Annual report on the Civil Veterinary Department, Burma (including the Insein Veterinary School) - 1932-1941
Year: 1932
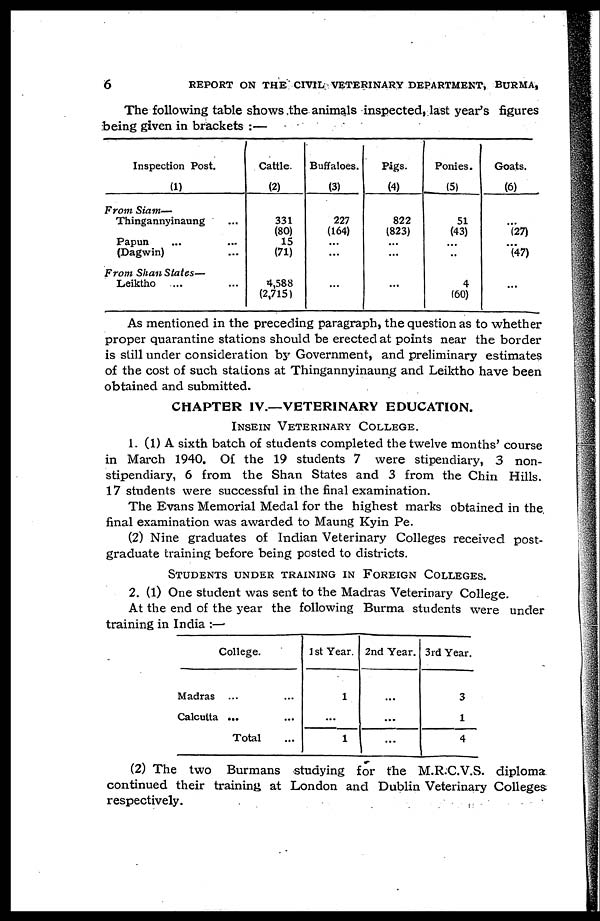
6
REPORT ON THE CIVIL VETERINARY DEPARTMENT, BURMA,
The following table shows the animals inspected, last year's figures
being given in brackets :—
Inspection Post.
(1)
From Siam—
Thingannyinaung ...
Papun ... ...
(Dagwin) ...
From Shan States—
Leiktho ... ...
Cattle.
(2)
331
(80)
15
(71)
4,588
(2,715)
Buffaloes.
(3)
227
(164)
...
...
...
Pigs.
(4)
822
(823)
...
...
...
Ponies.
(5)
51
(43)
...
..
4
(60)
Goats.
(6)
...
(27)
...
(47)
...
As mentioned in the preceding paragraph, the question as to whether
proper quarantine stations should be erected at points near the border
is still under consideration by Government, and preliminary estimates
of the cost of such stations at Thingannyinaung and Leiktho have been
obtained and submitted.
CHAPTER IV.—VETERINARY EDUCATION.
INSEIN VETERINARY COLLEGE.
1. (1) A sixth batch of students completed the twelve months' course
in March 1940. Of the 19 students 7 were stipendiary, 3 non-
stipendiary, 6 from the Shan States and 3 from the Chin Hills.
17 students were successful in the final examination.
The Evans Memorial Medal for the highest marks obtained in the
final examination was awarded to Maung Kyin Pe.
(2) Nine graduates of Indian Veterinary Colleges received post-
graduate training before being posted to districts.
STUDENTS UNDER TRAINING IN FOREIGN COLLEGES.
2. (1) One student was sent to the Madras Veterinary College.
At the end of the year the following Burma students were under
training in India :—
College.
Madras ... ...
Calcutta ... ...
Total ...
1st Year.
1
...
1
2nd Year.
...
...
...
3rd Year.
3
1
4
(2) The two Burmans studying for the M.R.C.V.S. diploma
continued their training at London and Dublin Veterinary Colleges
respectively.